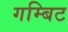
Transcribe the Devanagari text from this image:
गम्बिट